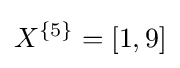
X^{\{5\}}=[1,9]